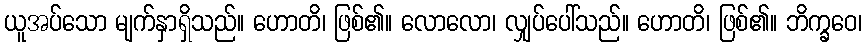
ယူအပ်သော မျက်နှာရှိသည်။ ဟောတိ၊ ဖြစ်၏။ လောလော၊ လျှပ်ပေါ်သည်။ ဟောတိ၊ ဖြစ်၏။ ဘိက္ခဝေ၊